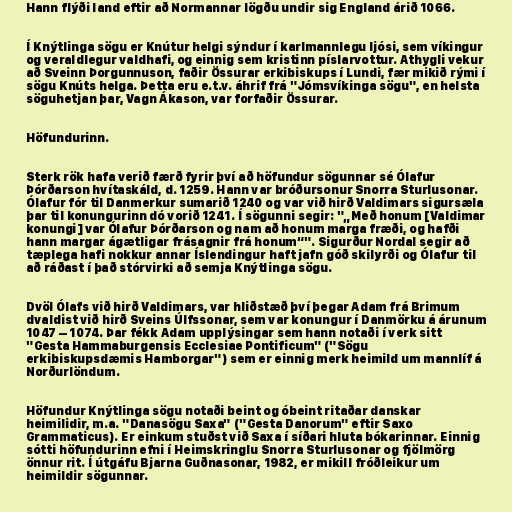
Hann flýði land eftir að Normannar lögðu undir sig England árið 1066.

Í Knýtlinga sögu er Knútur helgi sýndur í karlmannlegu ljósi, sem víkingur
og veraldlegur valdhafi, og einnig sem kristinn píslarvottur. Athygli vekur
að Sveinn Þorgunnuson, faðir Össurar erkibiskups í Lundi, fær mikið rými í
sögu Knúts helga. Þetta eru e.t.v. áhrif frá "Jómsvíkinga sögu", en helsta
söguhetjan þar, Vagn Ákason, var forfaðir Össurar.

Höfundurinn.

Sterk rök hafa verið færð fyrir því að höfundur sögunnar sé Ólafur
Þórðarson hvítaskáld, d. 1259. Hann var bróðursonur Snorra Sturlusonar.
Ólafur fór til Danmerkur sumarið 1240 og var við hirð Valdimars sigursæla
þar til konungurinn dó vorið 1241. Í sögunni segir: "„Með honum [Valdimar
konungi] var Ólafur Þórðarson og nam að honum marga fræði, og hafði
hann margar ágætligar frásagnir frá honum“". Sigurður Nordal segir að
tæplega hafi nokkur annar Íslendingur haft jafn góð skilyrði og Ólafur til
að ráðast í það stórvirki að semja Knýtlinga sögu.

Dvöl Ólafs við hirð Valdimars, var hliðstæð því þegar Adam frá Brimum
dvaldist við hirð Sveins Úlfssonar, sem var konungur í Danmörku á árunum
1047 – 1074. Þar fékk Adam upplýsingar sem hann notaði í verk sitt
"Gesta Hammaburgensis Ecclesiae Pontificum" ("Sögu
erkibiskupsdæmis Hamborgar") sem er einnig merk heimild um mannlíf á
Norðurlöndum.

Höfundur Knýtlinga sögu notaði beint og óbeint ritaðar danskar
heimilidir, m.a. "Danasögu Saxa" ("Gesta Danorum" eftir Saxo
Grammaticus). Er einkum stuðst við Saxa í síðari hluta bókarinnar. Einnig
sótti höfundurinn efni í Heimskringlu Snorra Sturlusonar og fjölmörg
önnur rit. Í útgáfu Bjarna Guðnasonar, 1982, er mikill fróðleikur um
heimildir sögunnar.